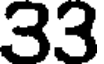
33